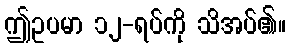
ဤဥပမာ ၁၂-ရပ်ကို သိအပ်၏။